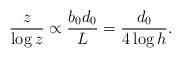
\begin{align*}\frac{z}{ \log z} \propto \frac{ b_0 d_0}{L} = \frac{d_0}{4 \log h}.\end{align*}